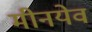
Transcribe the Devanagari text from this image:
मीनयेव